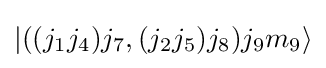
|((j_{1}j_{4})j_{7},(j_{2}j_{5})j_{8})j_{9}m_{9}\rangle